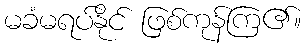
မခံမရပ်နိုင် ဖြစ်ကုန်ကြ၏။